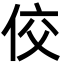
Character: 佼